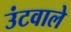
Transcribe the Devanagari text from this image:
उंटवाले